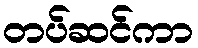
တပ်ဆင်ကာ